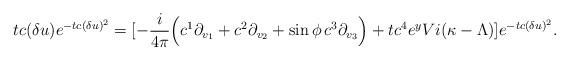
LaTeX: \begin{align*}tc(\delta u)e^{-tc(\delta u)^2} = [-\frac{i}{4\pi}\Big(c^1\partial_{v_1}+ c^2\partial_{v_2}+\sin\phi\, c^3 \partial_{v_3}\Big) +tc^4e^yV{i( \kappa- \Lambda)}]e^{-tc(\delta u)^2}.\end{align*}